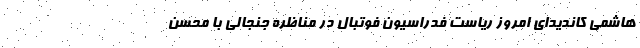
هاشمی کاندیدای امروز ریاست فدراسیون فوتبال در مناظره جنجالی با محسن